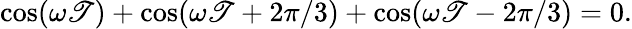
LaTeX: \cos(\omega\mathscr{T})+\cos(\omega\mathscr{T}+2\pi/3)+\cos(\omega\mathscr{T}-2\pi/3)=0.